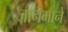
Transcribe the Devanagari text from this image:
जानमाने